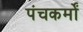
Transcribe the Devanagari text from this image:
पंचकर्मों